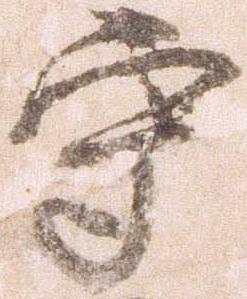
守